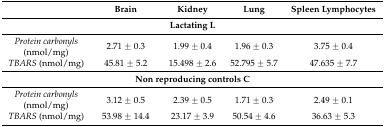
<table><thead><tr><td></td><td><b>Brain</b></td><td><b>Kidney</b></td><td><b>Lung</b></td><td><b>Spleen Lymphocytes</b></td></tr></thead><tbody><tr><td colspan="5"><b>Lactating L</b></td></tr><tr><td><i>Protein carbonyls</i> (nmol/mg)</td><td>2.71 ± 0.3</td><td>1.99 ± 0.4</td><td>1.96 ± 0.3</td><td>3.75 ± 0.4</td></tr><tr><td><i>TBARS</i> (nmol/mg)</td><td>45.81 ± 5.2</td><td>15.498 ± 2.6</td><td>52.795 ± 5.7</td><td>47.635 ± 7.7</td></tr><tr><td colspan="5"><b>Non reproducing controls C</b></td></tr><tr><td><i>Protein carbonyls</i> (nmol/mg)</td><td>3.12 ± 0.5</td><td>2.39 ± 0.5</td><td>1.71 ± 0.3</td><td>2.49 ± 0.1</td></tr><tr><td><i>TBARS</i> (nmol/mg)</td><td>53.98 ± 14.4</td><td>23.17 ± 3.9</td><td>50.54 ± 4.6</td><td>36.63 ± 5.3</td></tr></tbody></table>